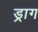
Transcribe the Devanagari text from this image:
ड्राग